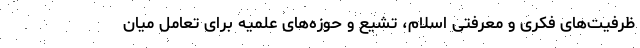
ظرفیت‌های فکری و معرفتی اسلام، تشیّع و حوزه‌های علمیه برای تعامل میان